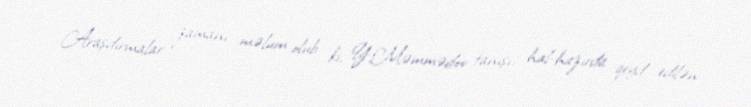
Araşdırmalar zamanı məlum olub ki, Y.Məmmədov tanışı, hal-hazırda qeyd edilən